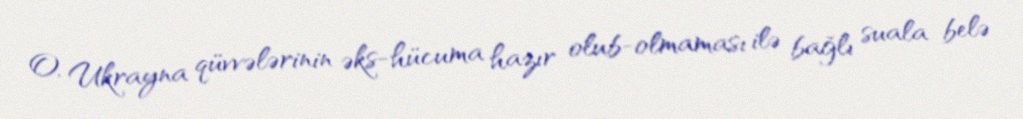
O, Ukrayna qüvvələrinin əks-hücuma hazır olub-olmaması ilə bağlı suala belə